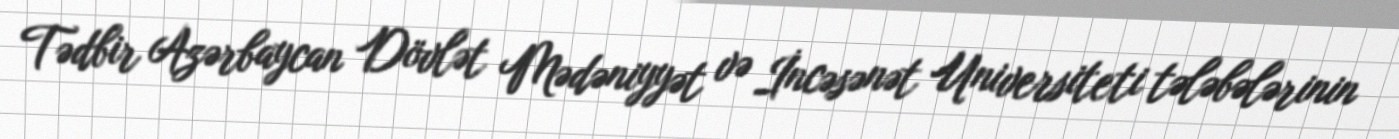
Tədbir Azərbaycan Dövlət Mədəniyyət və İncəsənət Universiteti tələbələrinin